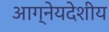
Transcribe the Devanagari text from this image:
आग्नेयदेशीय